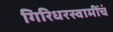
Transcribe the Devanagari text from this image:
गिरिधरस्वामींचं